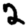
Digit: 2